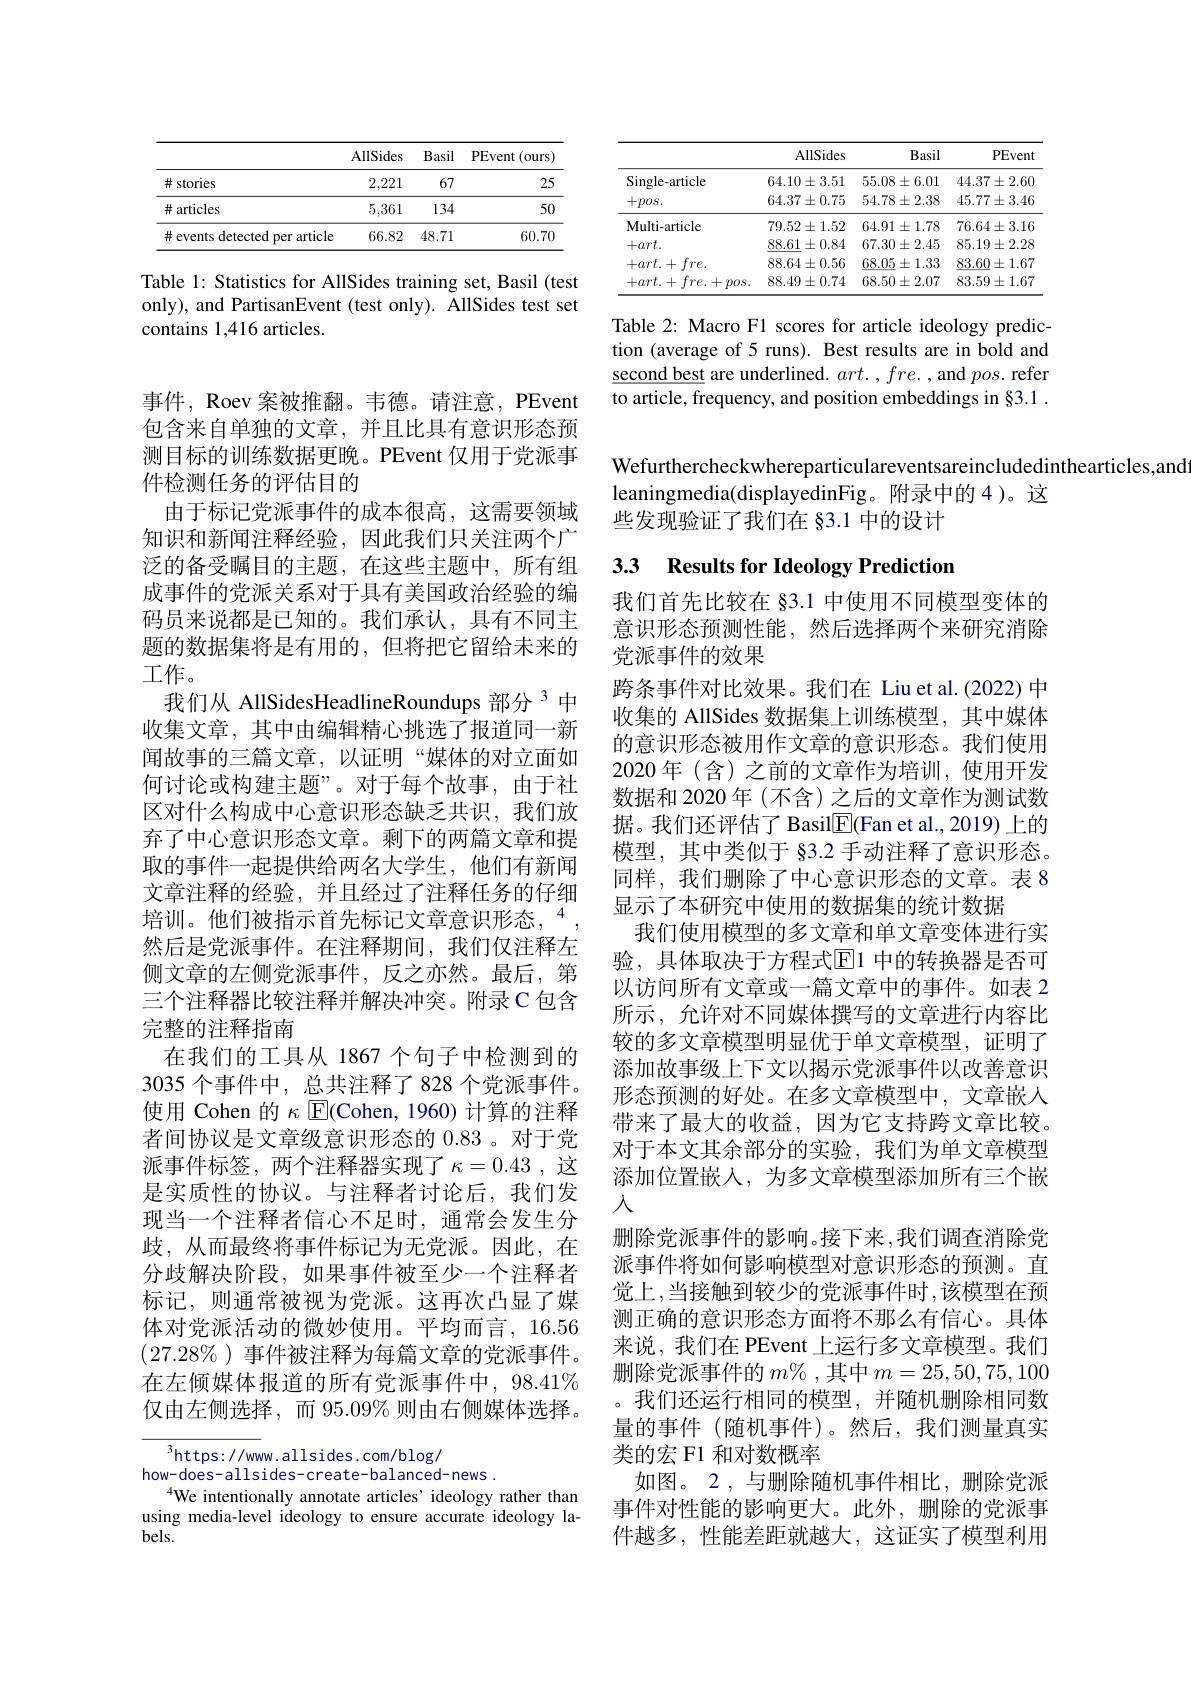
<table>
	<tbody>
		<tr>
			<th> </th>
			<th>AllSides</th>
			<th>Basil</th>
			<th>PEvent (ours</th>
		</tr>
		<tr>
			<td># stories</td>
			<td>2,221</td>
			<td>67</td>
			<td>25</td>
		</tr>
		<tr>
			<td># articles</td>
			<td>5,361</td>
			<td>134</td>
			<td>50</td>
		</tr>
		<tr>
			<td># events detected per article</td>
			<td>66.82</td>
			<td>48.71</td>
			<td>60.70</td>
		</tr>
	</tbody>
</table>

Table 1: Statistics for AllSides training set, Basil (test only), and PartisanEvent (test only). AllSides test set contains 1,416 articles.

事件，Roev 案被推翻。韦德。请注意，PEvent 包含来自单独的文章，并且比具有意识形态预测目标的训练数据更晚。PEvent 仅用于党派事件检测任务的评估目的
由于标记党派事件的成本很高，这需要领域知识和新闻注释经验，因此我们只关注两个广泛的备受瞩目的主题，在这些主题中，所有组成事件的党派关系对于具有美国政治经验的编码员来说都是已知的。我们承认，具有不同主题的数据集将是有用的，但将把它留给未来的工作。
我们从 AllSidesHeadlineRoundups 部分 3 中收集文章，其中由编辑精心挑选了报道同一新闻故事的三篇文章，以证明“媒体的对立面如何讨论或构建主题”。对于每个故事，由于社区对什么构成中心意识形态缺乏共识，我们放弃了中心意识形态文章。剩下的两篇文章和提取的事件一起提供给两名大学生，他们有新闻文章注释的经验，并且经过了注释任务的仔细培训。他们被指示首先标记文章意识形态，$^{4}$, 然后是党派事件。在注释期间，我们仅注释左侧文章的左侧党派事件，反之亦然。最后，第三个注释器比较注释并解决冲突。附录 C 包含完整的注释指南
在我们的工具从 1867 个句子中检测到的3035 个事件中，总共注释了 828 个党派事件。使用 Cohen 的$\kappa$ E(Cohen, 1960) 计算的注释者间协议是文章级意识形态的 0.83 。对于党派事件标签，两个注释器实现了$\kappa=0.43$,这是实质性的协议。与注释者讨论后，我们发现当一个注释者信心不足时，通常会发生分歧，从而最终将事件标记为无党派。因此，在分歧解决阶段，如果事件被至少一个注释者标记，则通常被视为党派。这再次凸显了媒体对党派活动的微妙使用。平均而言，16.56 $(27.28\%)$事件被注释为每篇文章的党派事件。在左倾媒体报道的所有党派事件中，98.41% 仅由左侧选择，而 95.09% 则由右侧媒体选择。

$^{3}$https://www.allsides.com/blog/
how-does-allsides-create-balanced-news.
$^{4}$We intentionally annotate articles' ideology rather than using media-level ideology to ensure accurate ideology labels.

<table>
	<tbody>
		<tr>
			<th> </th>
			<th>AllSides</th>
			<th>Basil</th>
			<th>PEven</th>
		</tr>
		<tr>
			<td>Single-article</td>
			<td>$64.10\pm3.51$</td>
			<td>$55.08\pm6.01$</td>
			<td>$44.37\pm2.60$</td>
		</tr>
		<tr>
			<td>$+pos.$</td>
			<td>$$64.37\pm0.75$$</td>
			<td>$54.78\pm2.38$</td>
			<td>$45.77\pm3.46$</td>
		</tr>
		<tr>
			<td>Multi-article</td>
			<td>$79.52\pm1.52$</td>
			<td>$64.91\pm1.78$</td>
			<td>$76.64\pm3.16$</td>
		</tr>
		<tr>
			<td>$+art.$</td>
			<td>88.61 $\pm0.84$</td>
			<td>$67.30\pm2.45$</td>
			<td>$85.19\pm2.28$</td>
		</tr>
		<tr>
			<td>$+art.+fre.$</td>
			<td>$88.64\pm0.56$</td>
			<td>$\underline{68.05}\pm1.33$</td>
			<td>$83.60\pm1.67$</td>
		</tr>
		<tr>
			<td>$+art.+fre.+pos.$</td>
			<td>$88.49\pm0.74$</td>
			<td>$68.50\pm2.07$</td>
			<td>$83.59\pm1.67$</td>
		</tr>
	</tbody>
</table>

Table 2: Macro F1 scores for article ideology prediction (average of 5 runs). Best results are in bold and second best are underlined. $art.,fre.$ and $pos.$ refer to article, frequency, and position embeddings in §3.1.

Wefurthercheckwhereparticulareventsareincludedinthearticles,and
leaningmedia(displayedinFig。附录中的 4 )。这
些发现验证了我们在 §3.1 中的设计

# 33 Results for Ideology Prediction

我们首先比较在 §3.1 中使用不同模型变体的意识形态预测性能，然后选择两个来研究消除党派事件的效果
跨条事件对比效果。我们在 Liu et al.(2022) 中收集的 AllSides 数据集上训练模型，其中媒体的意识形态被用作文章的意识形态。我们使用2020 年(含)之前的文章作为培训，使用开发数据和 2020 年 (不含)之后的文章作为测试数据。我们还评估了 Basil$\boxed{\mathrm{F}}($Fan et al.,2019) 上的模型，其中类似于 §3.2 手动注释了意识形态。同样，我们删除了中心意识形态的文章。表 8显示了本研究中使用的数据集的统计数据
我们使用模型的多文章和单文章变体进行实验，具体取决于方程式$\overline{\mathrm{E}}$1 中的转换器是否可以访问所有文章或一篇文章中的事件。如表 2所示 , 允许对不同媒体撰写的文章进行内容比较的多文章模型明显优于单文章模型，证明了添加故事级上下文以揭示党派事件以改善意识形态预测的好处。在多文章模型中，文章嵌入带来了最大的收益，因为它支持跨文章比较。对于本文其余部分的实验，我们为单文章模型添加位置嵌入，为多文章模型添加所有三个嵌入
删除党派事件的影响。接下来，我们调查消除党派事件将如何影响模型对意识形态的预测。直觉上，当接触到较少的党派事件时，该模型在预测正确的意识形态方面将不那么有信心。具体来说，我们在 PEvent 上运行多文章模型。我们删除党派事件的$m\%$,其中$m=25,50,75,100$ 。我们还运行相同的模型，并随机删除相同数量的事件 (随机事件)。然后，我们测量真实类的宏 F1 和对数概率
如图。2 , 与删除随机事件相比，删除党派事件对性能的影响更大。此外，删除的党派事件越多，性能差距就越大，这证实了模型利用